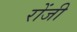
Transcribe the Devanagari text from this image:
रोंजी